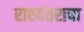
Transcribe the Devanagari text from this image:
राश्यंतराचा